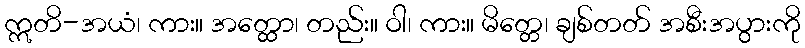
ဣတိ-အယံ၊ ကား။ အတ္ထော၊ တည်း။ ဝါ၊ ကား။ မိတ္တေ၊ ချစ်တတ် အစီးအပွားကို